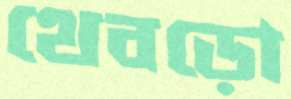
থেবড়ো